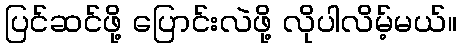
ပြင်ဆင်ဖို့ ပြောင်းလဲဖို့ လိုပါလိမ့်မယ်။